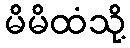
မိမိထံသို့